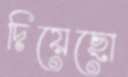
দিয়েছো